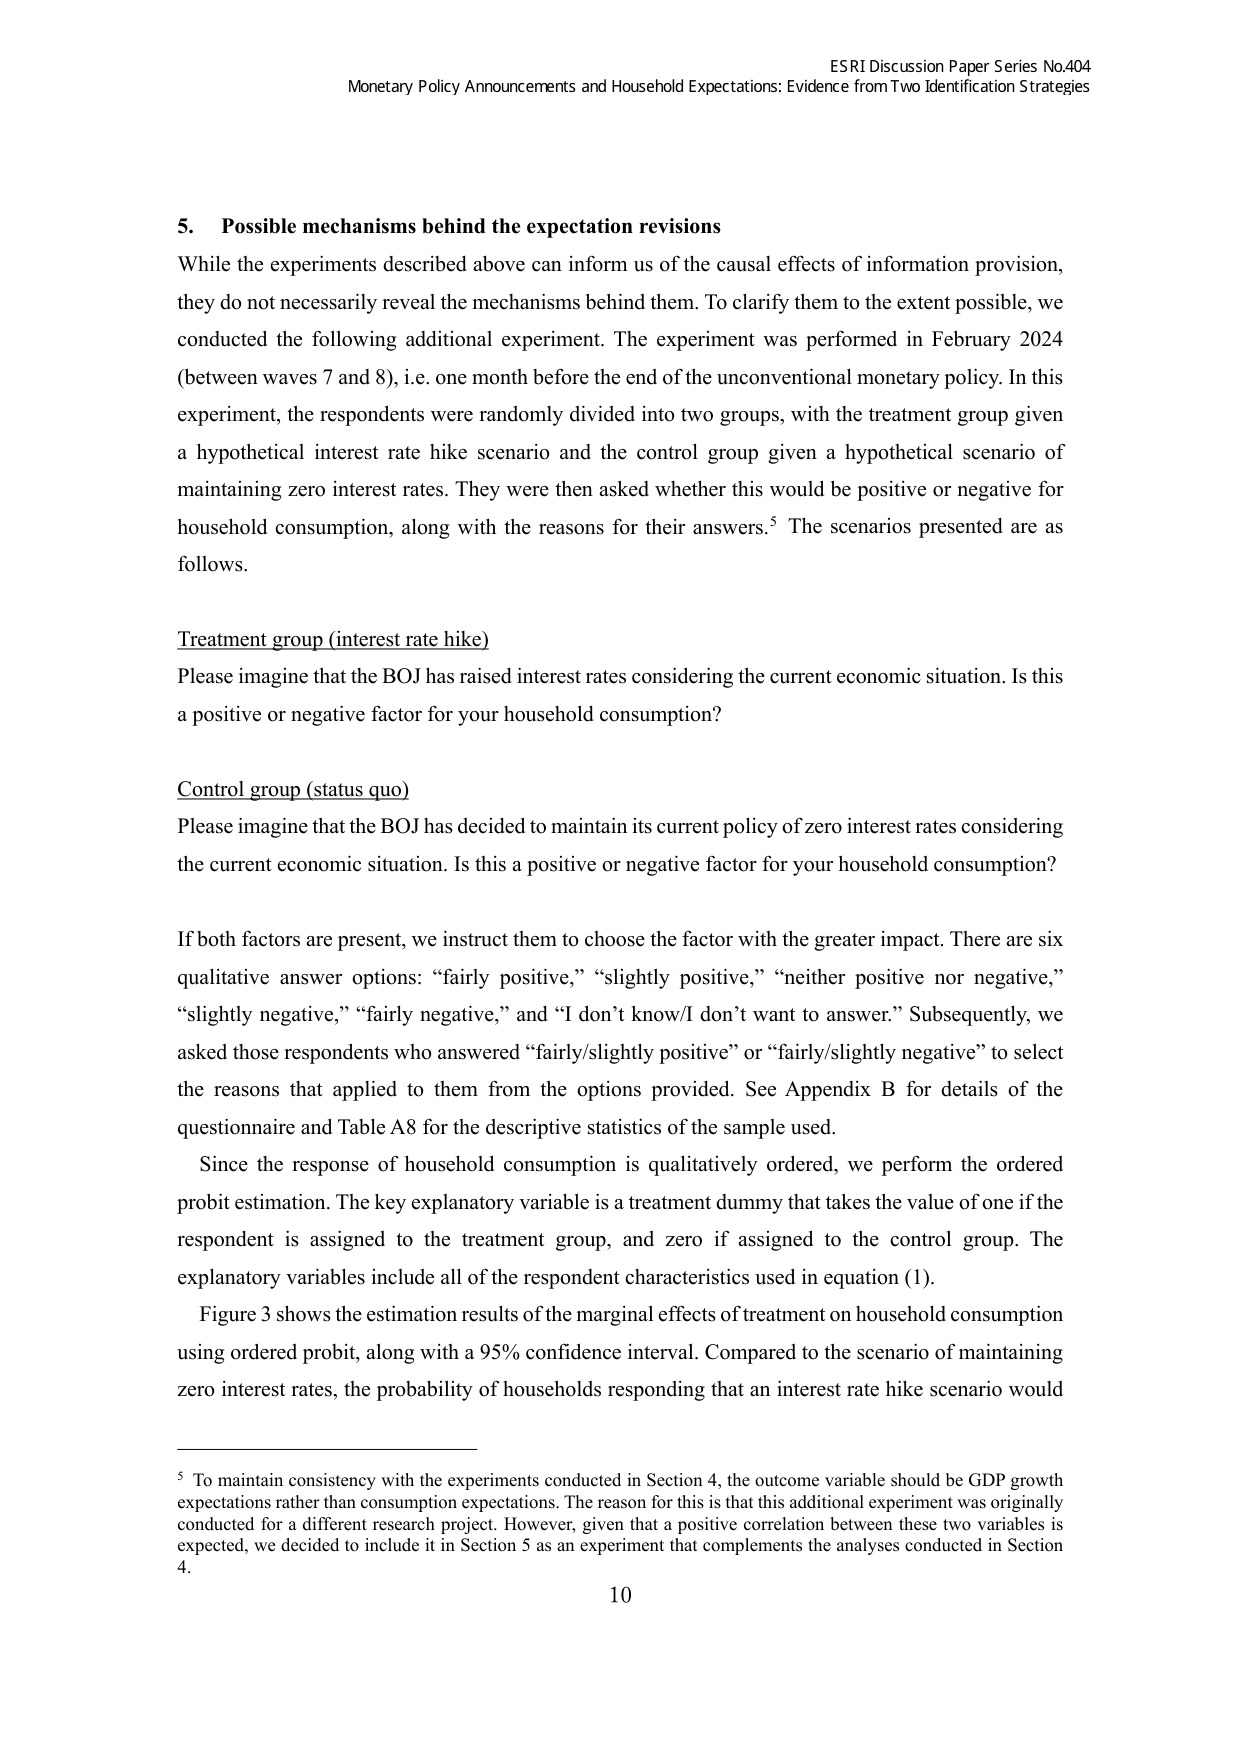
ESRI Discussion Paper Series No.404
Monetary Policy Announcements and Household Expectations: Evidence from Two Identification Strategies

5. Possible mechanisms behind the expectation revisions
While the experiments described above can inform us of the causal effects of information provision, they do not necessarily reveal the mechanisms behind them. To clarify them to the extent possible, we conducted the following additional experiment. The experiment was performed in February 2024 (between waves 7 and 8), i.e. one month before the end of the unconventional monetary policy. In this experiment, the respondents were randomly divided into two groups, with the treatment group given a hypothetical interest rate hike scenario and the control group given a hypothetical scenario of maintaining zero interest rates. They were then asked whether this would be positive or negative for household consumption, along with the reasons for their answers.⁵ The scenarios presented are as follows.

Treatment group (interest rate hike)
Please imagine that the BOJ has raised interest rates considering the current economic situation. Is this a positive or negative factor for your household consumption?

Control group (status quo)
Please imagine that the BOJ has decided to maintain its current policy of zero interest rates considering the current economic situation. Is this a positive or negative factor for your household consumption?

If both factors are present, we instruct them to choose the factor with the greater impact. There are six qualitative answer options: “fairly positive,” “slightly positive,” “neither positive nor negative,” “slightly negative,” “fairly negative,” and “I don’t know/I don’t want to answer.” Subsequently, we asked those respondents who answered “fairly/slightly positive” or “fairly/slightly negative” to select the reasons that applied to them from the options provided. See Appendix B for details of the questionnaire and Table A8 for the descriptive statistics of the sample used.

Since the response of household consumption is qualitatively ordered, we perform the ordered probit estimation. The key explanatory variable is a treatment dummy that takes the value of one if the respondent is assigned to the treatment group, and zero if assigned to the control group. The explanatory variables include all of the respondent characteristics used in equation (1).

Figure 3 shows the estimation results of the marginal effects of treatment on household consumption using ordered probit, along with a 95% confidence interval. Compared to the scenario of maintaining zero interest rates, the probability of households responding that an interest rate hike scenario would

⁵ To maintain consistency with the experiments conducted in Section 4, the outcome variable should be GDP growth expectations rather than consumption expectations. The reason for this is that this additional experiment was originally conducted for a different research project. However, given that a positive correlation between these two variables is expected, we decided to include it in Section 5 as an experiment that complements the analyses conducted in Section 4.

10